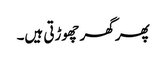
پھر گھر چھوڑتی ہیں۔